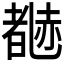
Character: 𬦃